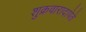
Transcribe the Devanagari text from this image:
शुक्रवारादापेते